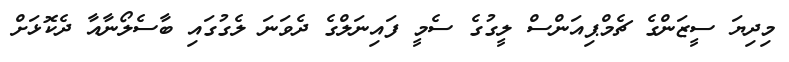
މިދިޔަ ސީޒަންގެ ޗެމްޕިއަންސް ލީގުގެ ސެމީ ފައިނަލްގެ ދެވަނަ ލެގުގައި ބާސެލޯނާއާ ދެކޮޅަށް